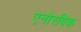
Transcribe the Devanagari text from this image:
एनोरबिक